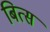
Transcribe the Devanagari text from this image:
बित्स